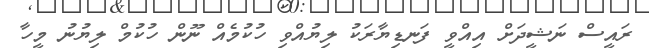
ރައީސް ނަޝީދަށް އިއްވީ ފަނޑިޔާރަކު ލިޔުއްވި ހުކުމެއް ނޫން ހުކުމް ލިޔުނު މީހާ